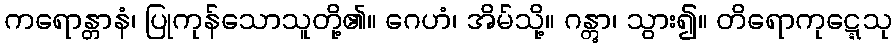
ကရောန္တာနံ၊ ပြုကုန်သောသူတို့၏။ ဂေဟံ၊ အိမ်သို့။ ဂန္တွာ၊ သွား၍။ တိရောကုဋ္ဋေသု